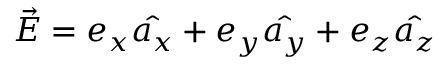
\Vec { E } = e _ { x } \hat { a _ { x } } + e _ { y } \hat { a _ { y } } + e _ { z } \hat { a _ { z } }